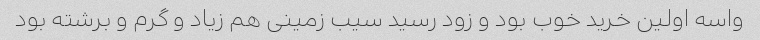
واسه اولین خرید خوب بود و زود رسید سیب زمینی هم زیاد و گرم و برشته بود